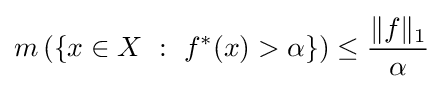
m\left(\{x\in X\ :\ f^{*}(x)>\alpha \}\right)\leq {\frac {\|f\|_{1}}{\alpha }}